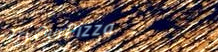
TryOurPizza